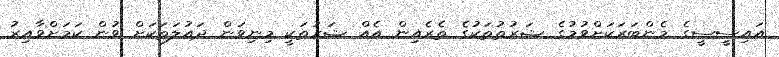
އައިސީސީގެ މެންބަރަކަށްވުމުގެ ޝަރުތުތަކުގެ ތެރެއިން އެއް ޝަރުތަކީ މިނިވަން ދައުލަތަކަށް ވުން ކަމަށްވާއިރު